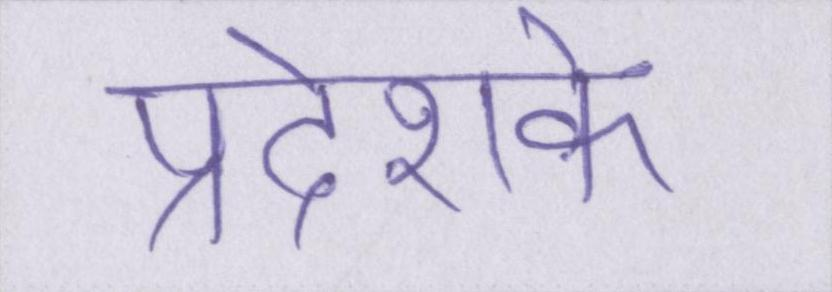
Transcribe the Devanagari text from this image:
प्रदेशके